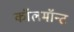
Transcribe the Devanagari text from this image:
कॉलमॉन्ट